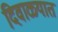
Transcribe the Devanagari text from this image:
दिवाळ्यात